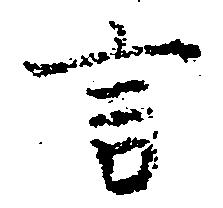
言